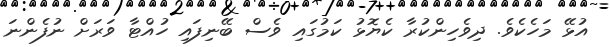
އުޅޭ މަހެކެވެ. ދިވެހިންކުރާ ކެޔޮޅު ކަމުގައި ވެސް ބޭނިފައި ހުއްޓާ ވަރަށް ނުފެންނަ